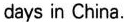
days in China.